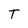
Character: T